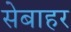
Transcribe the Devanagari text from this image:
सेबाहर